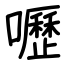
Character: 嚦